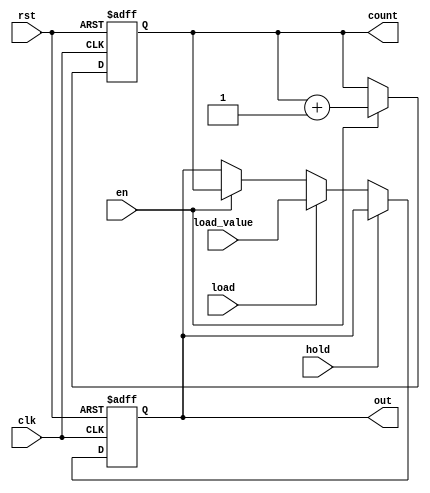
module SynchronousCounter (
    input wire clk,          // Clock signal
    input wire rst,          // Asynchronous reset signal
    input wire en,           // Enable signal for counting
    input wire hold,         // Hold signal to latch the output
    input wire load,         // Load signal to load a specific value
    input wire [3:0] load_value, // Value to load into the counter
    output reg [3:0] count,  // Current counter value (4-bit)
    output reg [3:0] out     // Final output based on control logic
);

// Counter logic
always @(posedge clk or posedge rst) begin
    if (rst) begin
        count <= 4'b0000; // Reset counter to 0
    end else if (en) begin
        count <= count + 1; // Increment counter
    end
end

// Output control logic
always @(posedge clk or posedge rst) begin
    if (rst) begin
        out <= 4'b0000; // Reset output to 0
    end else if (hold) begin
        // Hold the current output value
        out <= out; // No change
    end else if (load) begin
        // Load a specific value into the counter output
        out <= load_value;
    end else if (en) begin
        // Update output with current count if enabled
        out <= count;
    end
end

endmodule